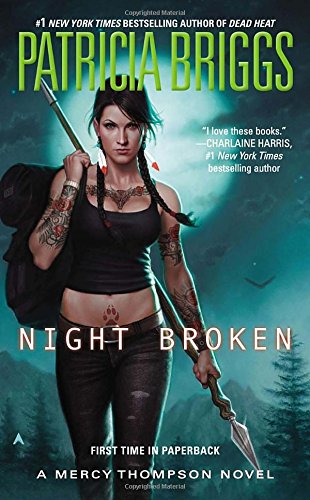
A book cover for Night Broken (Mercy Thompson); Patricia Briggs; Science Fiction & Fantasy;